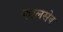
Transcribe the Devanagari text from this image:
फालसेव